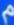
م